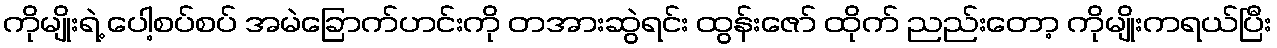
ကိုမျိုးရဲ့ ပေါ့စပ်စပ် အမဲခြောက်ဟင်းကို တအားဆွဲရင်း ထွန်းဇော် ထိုက် ညည်းတော့ ကိုမျိုးကရယ်ပြီး